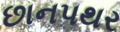
છાનપથર